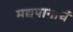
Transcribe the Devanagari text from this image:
मद्यपानाचं